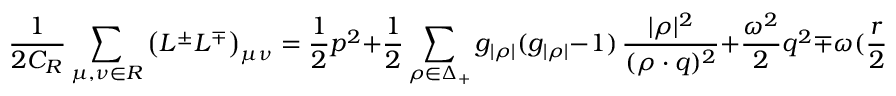
{ \frac { 1 } { 2 C _ { \cal R } } } \sum _ { \mu , \nu \in { \cal R } } \left( L ^ { \pm } L ^ { \mp } \right) _ { \mu \nu } = { \frac { 1 } { 2 } } p ^ { 2 } + { \frac { 1 } { 2 } } \sum _ { \rho \in \Delta _ { + } } g _ { | \rho | } ( g _ { | \rho | } - 1 ) \, { \frac { | \rho | ^ { 2 } } { ( \rho \cdot q ) ^ { 2 } } } + { \frac { \omega ^ { 2 } } { 2 } } q ^ { 2 } \mp \omega ( { \frac { r } { 2 } } + \sum _ { \rho \in \Delta _ { + } } g _ { | \rho | } ) ,